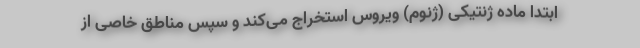
ابتدا ماده ژنتیکی (ژنوم) ویروس استخراج می‌کند و سپس مناطق خاصی از